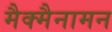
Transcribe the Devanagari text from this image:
मैक्मैनामन